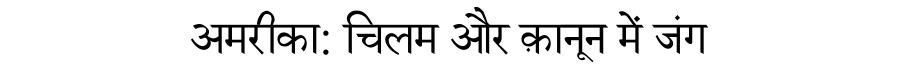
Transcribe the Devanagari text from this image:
अमरीका: चिलम और क़ानून में जंग